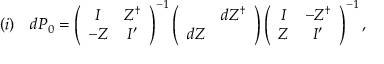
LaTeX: ( i ) \quad d P _ { 0 } = \left( \begin{array} { c c } { { I } } & { { Z ^ { \dag } } } \\ { { - Z } } & { { I ^ { \prime } } } \end{array} \right) ^ { - 1 } \left( \begin{array} { c c } { { } } & { { d Z ^ { \dag } } } \\ { { d Z } } & { { } } \end{array} \right) \left( \begin{array} { c c } { { I } } & { { - Z ^ { \dag } } } \\ { { Z } } & { { I ^ { \prime } } } \end{array} \right) ^ { - 1 } ,